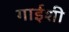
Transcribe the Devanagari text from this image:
गाईशी